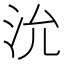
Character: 沇